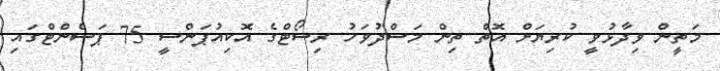
މަތީން ވިދާޅުވީ ކުރިޔަށް އޮތް ތިން މަސްދުވަހު ރިސޯޓްގެ އޮކިއުޕަންސީ 75 ޕަސެންޓްގައި